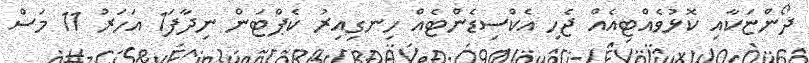
ދޯންޏަކާއި ކޮޅުވެއްޓިއެއް ޖެހި އެކްސިޑެންޓެއް ހިނގިއިރު ކެޕްޓަން ނިދާފަ1 އަހަރު 11 މަސް